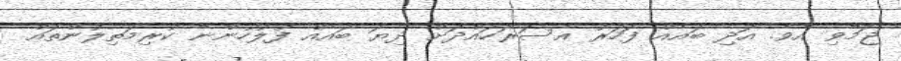
ޖަމާވި އެވެ. އަދި ބައެއް ފަހަރު އެސަރަހައްދަށް ދިޔަ ބައެއް ފުލުހުންނާ ކުރިމަތިލުންތައް